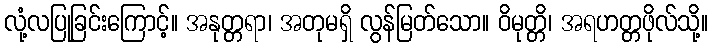
လုံ့လပြုခြင်းကြောင့်။ အနုတ္တရာ၊ အတုမရှိ လွန်မြတ်သော။ ဝိမုတ္တိ၊ အရဟတ္တဖိုလ်သို့။